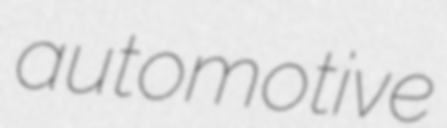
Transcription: automotive